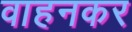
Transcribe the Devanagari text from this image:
वाहनकर